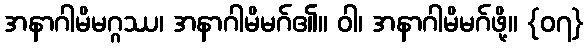
အနာဂါမိမဂ္ဂဿ၊ အနာဂါမိမဂ်၏။ ဝါ၊ အနာဂါမိမဂ်ဖို့။ {၀၇}